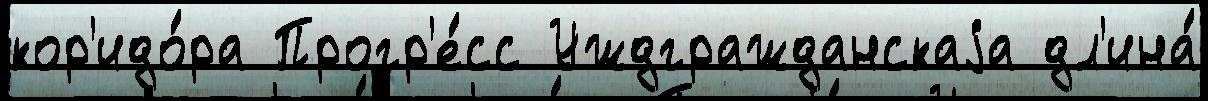
кор'идо́ра Прогр'е́сс Уждгражданскаjа дл'ина́